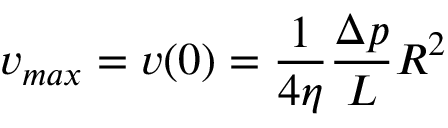
v _ { m a x } = v ( 0 ) = \frac { 1 } { 4 \eta } \frac { \Delta p } { L } R ^ { 2 }